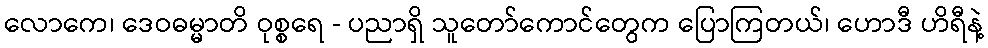
လောကေ၊ ဒေဝဓမ္မာတိ ဝုစ္စရေ - ပညာရှိ သူတော်ကောင်တွေက ပြောကြတယ်၊ ဟောဒီ ဟိရီနဲ့